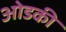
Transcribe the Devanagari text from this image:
ओडकी